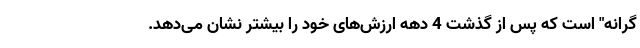
گرانه" است که پس از گذشت 4 دهه ارزش‌های خود را بیشتر نشان می‌دهد.